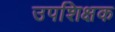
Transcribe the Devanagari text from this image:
उपशिक्षक